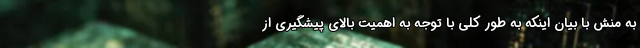
به منش با بیان اینکه به طور کلی با توجه به اهمیت بالای پیشگیری از